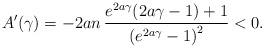
LaTeX: \begin{align*}A'(\gamma) = -2 a n \, \frac{e^{2 a \gamma } (2 a \gamma -1)+1}{\left(e^{2 a \gamma }-1\right)^2} < 0.\end{align*}